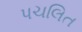
પચલિત